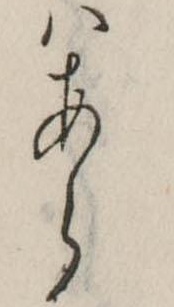
はあら